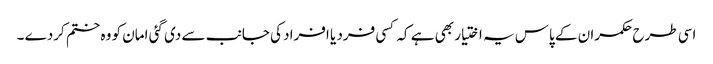
اسی طرح حکمران کے پاس یہ اختیار بھی ہے کہ کسی فرد یا افراد کی جانب سے دی گئی امان کو وہ ختم کردے ۔